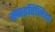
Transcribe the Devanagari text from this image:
स्पाइरिलिया